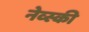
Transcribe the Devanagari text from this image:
नेव्स्की